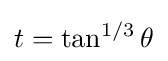
t=\tan ^{1/3}\theta